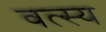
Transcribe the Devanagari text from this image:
वत्स्य